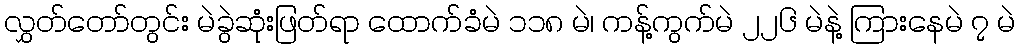
လွှတ်တော်တွင်း မဲခွဲဆုံးဖြတ်ရာ ထောက်ခံမဲ ၁၁၈ မဲ၊ ကန့်ကွက်မဲ ၂၂၆ မဲနဲ့ ကြားနေမဲ ၇ မဲ